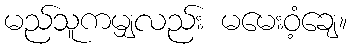
မည်သူကမျှလည်း မမေးဝံ့ချေ။